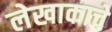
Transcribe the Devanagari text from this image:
लेखाकाचे